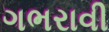
ગભરાવી